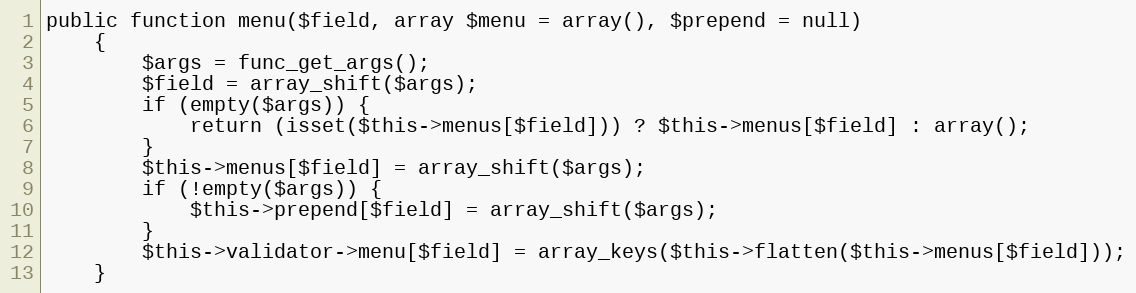
Language: PHP
public function menu($field, array $menu = array(), $prepend = null)
    {
        $args = func_get_args();
        $field = array_shift($args);
        if (empty($args)) {
            return (isset($this->menus[$field])) ? $this->menus[$field] : array();
        }
        $this->menus[$field] = array_shift($args);
        if (!empty($args)) {
            $this->prepend[$field] = array_shift($args);
        }
        $this->validator->menu[$field] = array_keys($this->flatten($this->menus[$field]));
    }